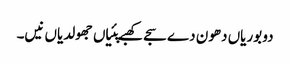
دو بوریاں دھون دے سجے کھبے پئیاں جھولدیاں نیں۔